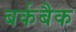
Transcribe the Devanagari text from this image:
बर्कबैक